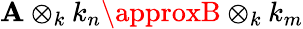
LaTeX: \mathbf{A}\otimes_{k}k_{n}\approxB\otimes_{k}k_{m}